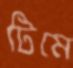
টিমে